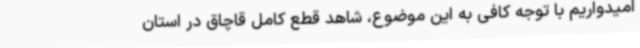
امیدواریم با توجه کافی به این موضوع، شاهد قطع کامل قاچاق در استان